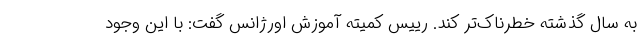
به سال گذشته خطرناک‌تر کند. رییس کمیته آموزش اورژانس گفت: با این وجود